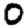
Digit: 0